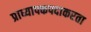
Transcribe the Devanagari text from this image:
प्राध्यापकपदाकरता